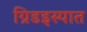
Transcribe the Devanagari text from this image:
ग्रिडइस्पात